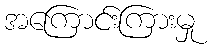
အကြောင်းကြားမှု